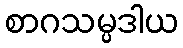
စာဂသမ္ပဒါယ